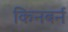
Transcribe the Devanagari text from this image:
किनबर्न